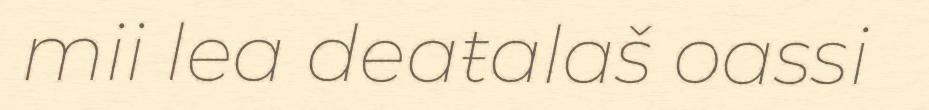
mii lea deaŧalaš oassi